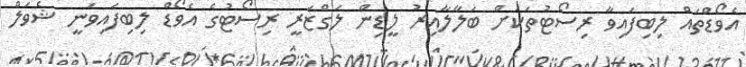
އެވޯޑްތައް ލިބިފައިވާ ރިސޯޓުތަކަށް ބަލާލާއިރު ލީޑިން ލަގްޒަރީ ރިސޯޓުގެ އެވޯޑް ލިބިފައިވަނީ ޝެވަލް